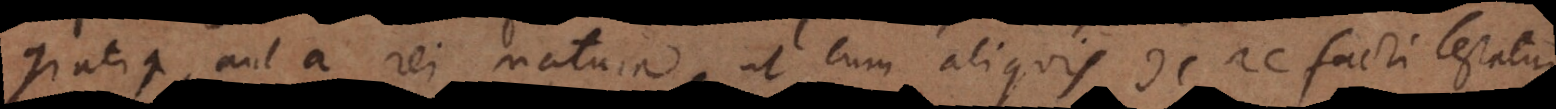
gratia, aut a rei natura, ut cum aliquis de re facti testatur